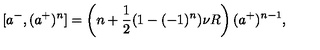
[ a ^ { - } , ( a ^ { + } ) ^ { n } ] = \left( n + \frac { 1 } { 2 } ( 1 - ( - 1 ) ^ { n } ) \nu R \right) ( a ^ { + } ) ^ { n - 1 } ,